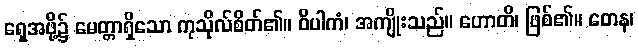
ရှေအဖို့၌ မေတ္တာရှိသော ကုသိုလ်စိတ်၏။ ဝိပါကံ၊ အကျိုးသည်။ ဟောတိ၊ ဖြစ်၏။ တေန၊